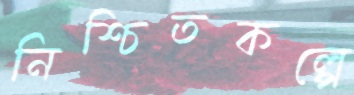
নিশ্চিতকল্পে